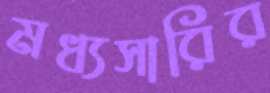
মধ্যসারির